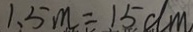
1 . 5 m = 1 5 d m